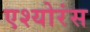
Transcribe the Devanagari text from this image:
एश्योरंस